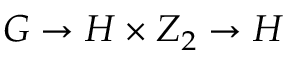
G \rightarrow H \times Z _ { 2 } \rightarrow H